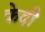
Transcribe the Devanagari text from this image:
फेदी